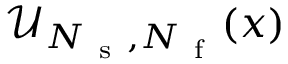
\mathcal { U } _ { N _ { \mathrm { ~ s ~ } } , N _ { \mathrm { ~ f ~ } } } ( x )